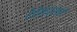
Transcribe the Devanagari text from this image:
देवेन्द्राने